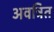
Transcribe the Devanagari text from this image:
अवत्रित